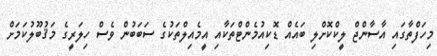
މިހަފްތާގައި އާސާންޖް ލީކްކޮށްލި ބައެއް ޑޮކިއުމެންޓްތަކާއި އީމެއިލްތަކުގެ ސަބަބުން ވެސް ހިލަރީގެ މަޤުބޫލުކަމަށް